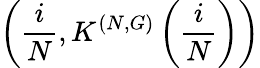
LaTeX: \left(\frac{i}{N},K^{(N,G)}\left(\frac{i}{N}\right)\right)